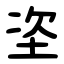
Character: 垐